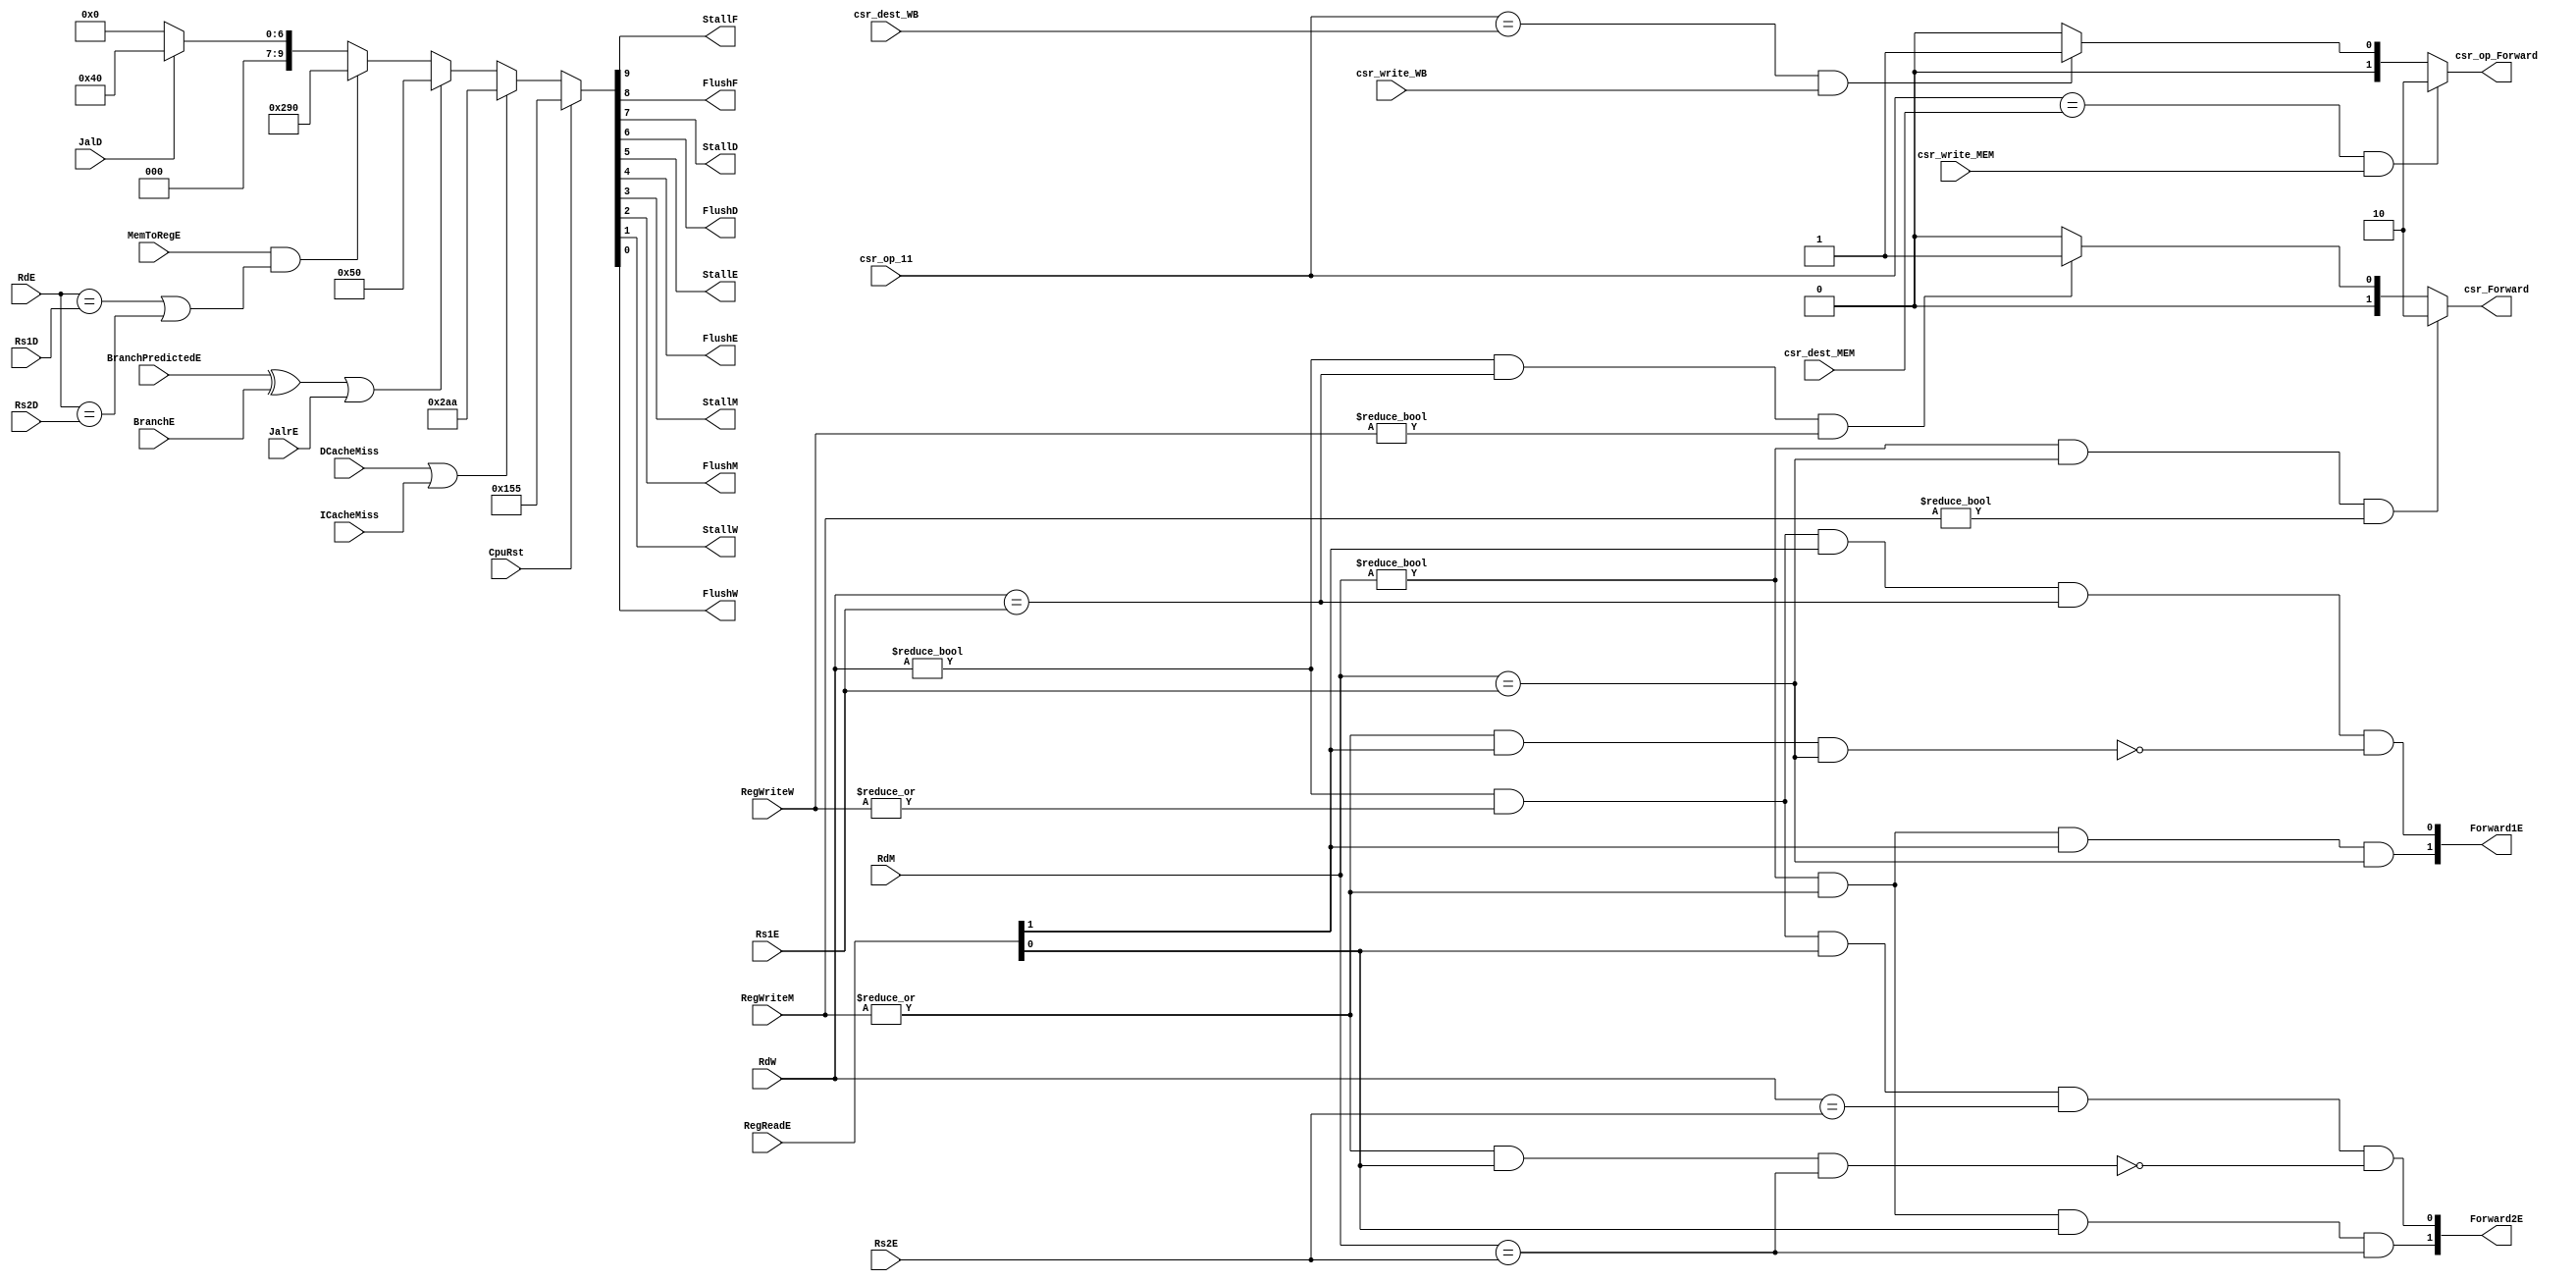
`timescale 1ns / 1ps
//////////////////////////////////////////////////////////////////////////////////
// Company: USTC ESLAB 
// 
// Design Name: RISCV-Pipline CPU
// Module Name: HarzardUnit
// Target Devices: Nexys4
// Tool Versions: Vivado 2017.4.1
// Description: Deal with harzards in pipline
//////////////////////////////////////////////////////////////////////////////////
//
    //HarzardUnitforward?
    //??CPUforwardstallflush 
//
    //CpuRst                                    CPUCpuRst==1CPUflushCpu_Rst==0cpu??
    //ICacheMiss, DCacheMiss                    cache miss
    //BranchE, JalrE, JalD                      
    //Rs1D, Rs2D, Rs1E, Rs2E, RdE, RdM, RdW     ?1?2
    //RegReadE RegReadD[1]==1                   A1RegReadD[0]==1A2forward?
    //RegWriteM, RegWriteW                      RegWrite!=3'b0?
    //MemToRegE                                 Ex? Data Memory
//
    //StallF, FlushF, StallD, FlushD, StallE, FlushE, StallM, FlushM, StallW, FlushW    stallflush
    //Forward1E, Forward2E                                                              forward
//  
    //  
    
    
module HarzardUnit(
    input wire CpuRst, ICacheMiss, DCacheMiss, 
    input wire BranchE, JalrE, JalD, BranchPredictedE,
    input wire [4:0] Rs1D, Rs2D, Rs1E, Rs2E, RdE, RdM, RdW,
    input wire [1:0] RegReadE,
    input wire MemToRegE,
    input wire [2:0] RegWriteM, RegWriteW,
    output reg StallF, FlushF, StallD, FlushD, StallE, FlushE, StallM, FlushM, StallW, FlushW,
    output reg [1:0] Forward1E, Forward2E,
    //csr
    output reg [1:0] csr_Forward,
    input wire [4:0] csr_op_11, csr_dest_MEM, csr_dest_WB,
    input wire csr_write_MEM,csr_write_WB,
    output reg [1:0]csr_op_Forward
    );
    
	
	always @ (*)
        if(CpuRst)
            {StallF,FlushF,StallD,FlushD,StallE,FlushE,StallM,FlushM,StallW,FlushW} <= 10'b0101010101;
        else if(DCacheMiss | ICacheMiss)
            {StallF,FlushF,StallD,FlushD,StallE,FlushE,StallM,FlushM,StallW,FlushW} <= 10'b1010101010;
        else if((BranchPredictedE ^ BranchE) | JalrE) //BranchPredictedE ^ BranchE1
            {StallF,FlushF,StallD,FlushD,StallE,FlushE,StallM,FlushM,StallW,FlushW} <= 10'b0001010000;
        else if(MemToRegE & ((RdE==Rs1D)||(RdE==Rs2D)) )
            {StallF,FlushF,StallD,FlushD,StallE,FlushE,StallM,FlushM,StallW,FlushW} <= 10'b1010010000;
        else if(JalD)
            {StallF,FlushF,StallD,FlushD,StallE,FlushE,StallM,FlushM,StallW,FlushW} <= 10'b0001000000;
        else
            {StallF,FlushF,StallD,FlushD,StallE,FlushE,StallM,FlushM,StallW,FlushW} <= 10'b0000000000;
	
	
	
	always@(*) begin
		//EX
		//forward=2'b00
		//RegWriteM0MEMALU----1----forward=2'b01
		//RegWriteW0WB----2----forward=2'b11
		//0forward
		//Forward Register Source 1
		Forward1E[0] <= RdW != 0 && |RegWriteW && RegReadE[1] && (RdW == Rs1E) && ~(|RegWriteM && RegReadE[1] && (RdM == Rs1E));//Rs1E
		Forward1E[1] <= RdM != 0 && |RegWriteM && RegReadE[1] && (RdM == Rs1E);
		//Forward Register Source 2
		Forward2E[0] <= RdW != 0 && |RegWriteW && RegReadE[0] && (RdW == Rs2E) && ~(|RegWriteM && RegReadE[0] && (RdM == Rs2E));//Rs2E
		Forward2E[1] <= RdM != 0 && |RegWriteM && RegReadE[0] && (RdM == Rs2E);
	end
    // ?
   
    //CSR
    always@(*) begin
    if(csr_op_11==csr_dest_MEM&&csr_write_MEM)
        csr_op_Forward<=2'b10;
    else if(csr_op_11==csr_dest_WB&&csr_write_WB)
        csr_op_Forward<=2'b01;
    else
        csr_op_Forward<=2'b00;
    end
    //csr
    always@(*) begin
    if(RdM!=5'b0&&RdM==Rs1E&&RegWriteM!=3'b0)
        csr_Forward<=2'b10;
    else if(RdW!=5'b0&&RdW==Rs1E&&RegWriteW!=3'b0)
        csr_Forward<=2'b01;
    else  
        csr_Forward<=2'b00;
    end
endmodule